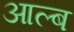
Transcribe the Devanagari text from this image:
आल्ब